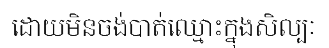
ដោយមិនចង់បាត់ឈ្មោះក្នុងសិល្បៈ